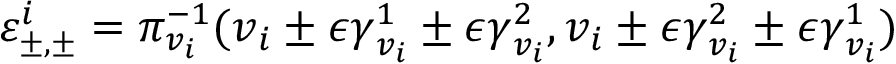
\varepsilon _ { \pm , \pm } ^ { i } = \pi _ { v _ { i } } ^ { - 1 } ( \boldsymbol { v } _ { i } \pm \epsilon \boldsymbol { \gamma } _ { v _ { i } } ^ { 1 } \pm \epsilon \boldsymbol { \gamma } _ { v _ { i } } ^ { 2 } , \boldsymbol { v } _ { i } \pm \epsilon \boldsymbol { \gamma } _ { v _ { i } } ^ { 2 } \pm \epsilon \boldsymbol { \gamma } _ { v _ { i } } ^ { 1 } )